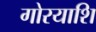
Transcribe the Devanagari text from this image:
गोरयाशि